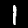
Label: 1